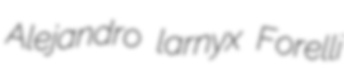
Alejandro larnyx Forelli